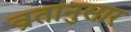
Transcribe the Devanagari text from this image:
व्रतानुसार